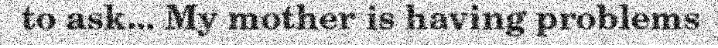
to ask... My mother is having problems